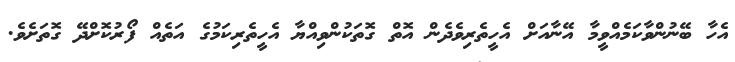
އެހާ ބޭނުންވާކަމެއްވީމާ އޭނާއަށް އެހީތެރިވެދެން އޮތް ގޮތަކުންވިއްޔާ އެހީތެރިކަމުގެ އަތެއް ފޯރުކޮށްދޭ ގޮތަށެވެ.